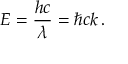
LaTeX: E = { \frac { h c } { \lambda } } = \hbar c k \, .